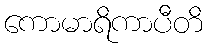
ကောမာရိကာပီတိ